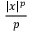
\frac { | x | ^ { p } } { p }